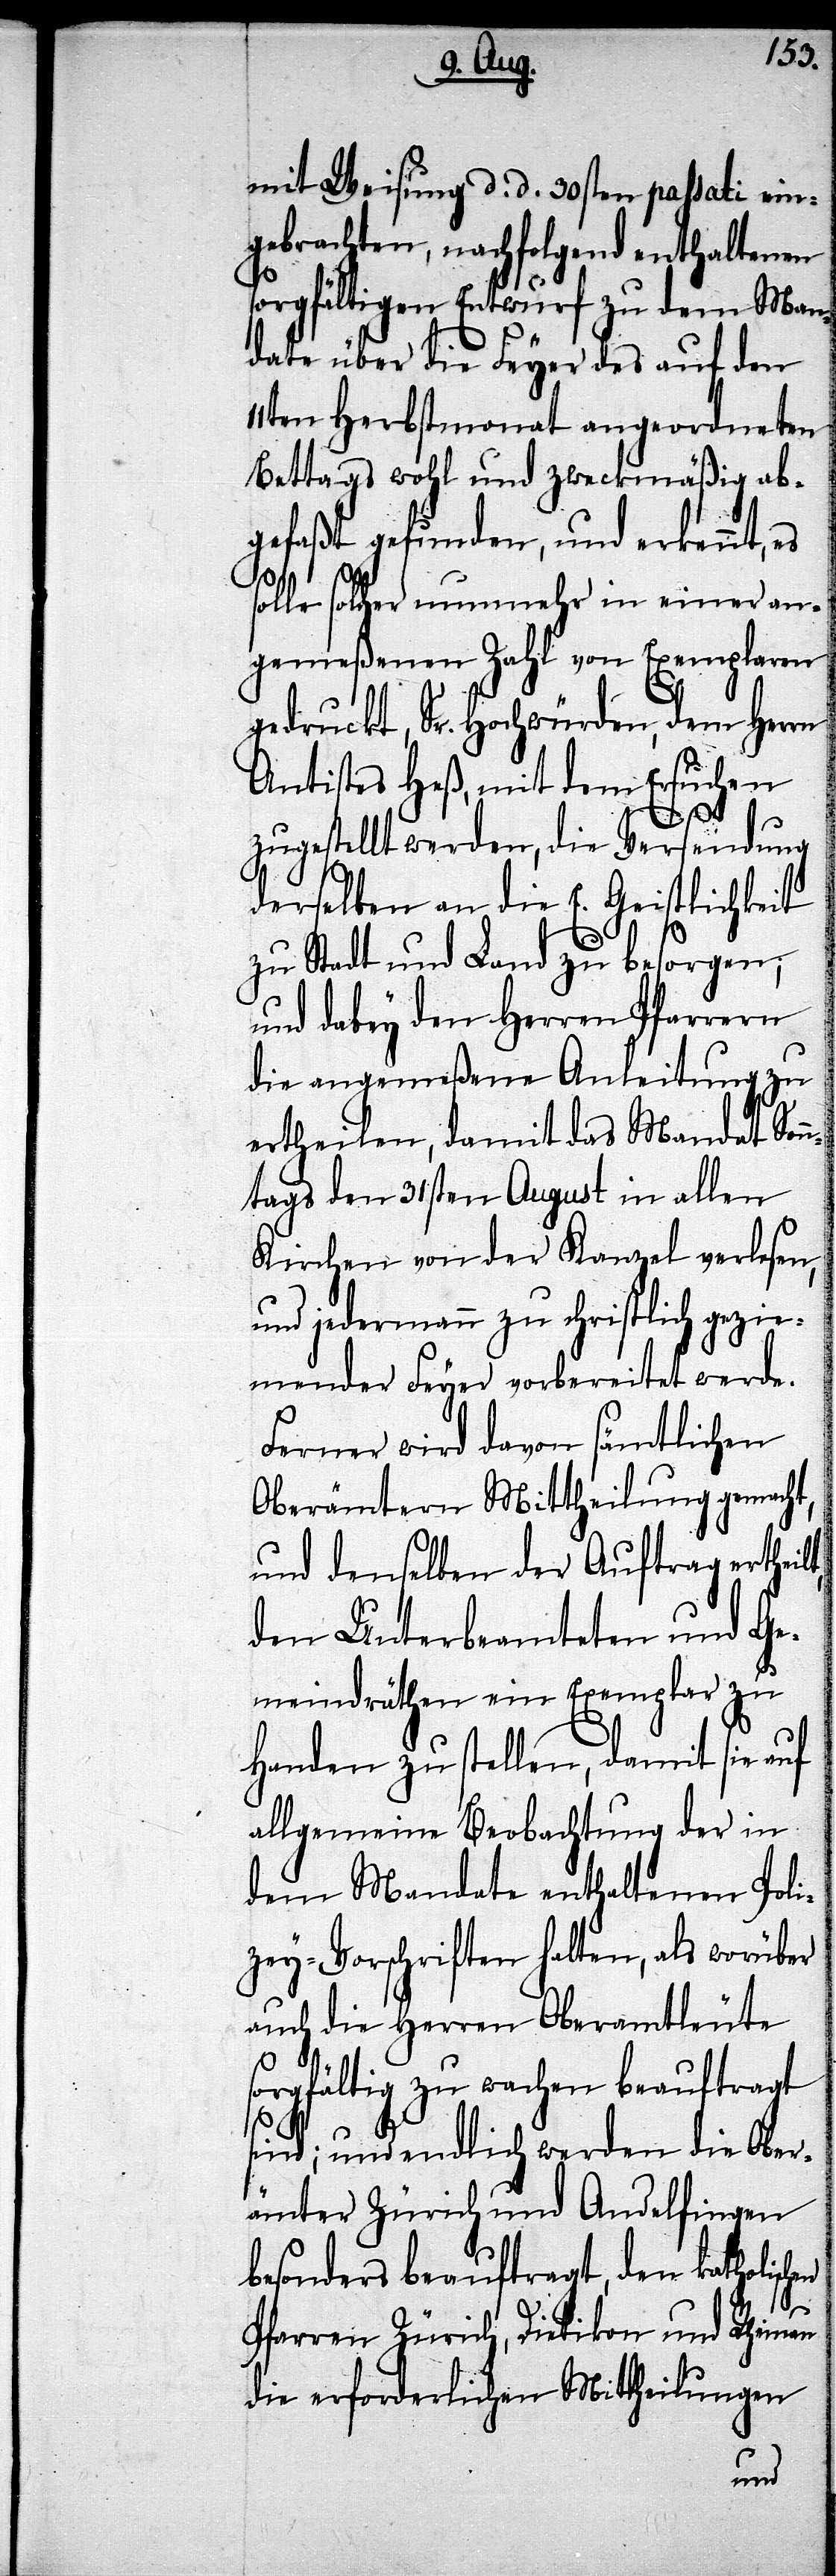
mit Weisung d. d. 30sten passati ein¬
gebrachten, nachfolgend enthaltenen
sorgfältigen Entwurf zu dem Man¬
date über die Feyer des auf den
11ten Herbstmonat angeordneten
Bettags wohl und zweckmäßig ab¬
gefaßt gefunden, und erkennt, es
solle solcher nunmehr in einer an¬
gemeßenen Zahl von Exemplaren
gedruckt, Sr. Hochwürden, dem Herrn
Antistes Heß, mit dem Ersuchen
zugestellt werden, die Versendung
derselben an die E. Geistlichkeit
zu Stadt und Land zu besorgen;
und dabey den Herren Pfarrern
die angemeßene Anleitung zu
ertheilen, damit das Mandat Sonn¬
tags den 31sten August in allen
Kirchen vor der Kanzel verlesen,
und jedermann zu schriftlich gezie¬
mender Feyer vorbereitet werde.
Ferner wird davon sämtlichen
Oberämtern Mittheilung gemacht,
und denselben der Auftrag ertheilt,
den Unterbeamteten und Ge¬
meindräthen ein Exemplar zu
Handen zu stellen, damit sie auf
allgemeine Beobachtung der in
dem Mandate enthaltenen Poli¬
zey-Vorschriften halten, als worüber
auch die Herren Oberamtleute
sorgfältig zu wachen beauftragt
sind; und endlich werden die Ober¬
ämter Zürich und Andelfingen
beauftragt, den katholisc¬
Pfarren Zürich, Dietikon und Rheinau
die erforderlichen Mittheilungen
hen